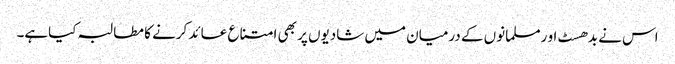
اس نے بدھسٹ او رمسلمانوں کے درمیان میں شادیوں پر بھی امتناع عائد کرنے کا مطالبہ کیاہے۔